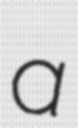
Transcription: a